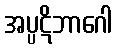
အပ္ပဋိဘာဂေါ